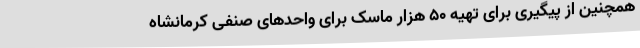
همچنین از پیگیری برای تهیه 50 هزار ماسک برای واحدهای صنفی کرمانشاه